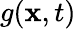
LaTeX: g(\mathbf{x},t)